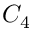
C _ { 4 }